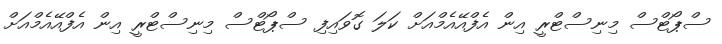
ސްޕޯޓްސް މިނިސްޓްރީ އިން އެފްއޭއެމްއަށް ކަލަ ގޮވައިފި ސްޕޯޓްސް މިނިސްޓްރީ އިން އެފްއޭއެމްއަށް